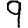
Digit: 9